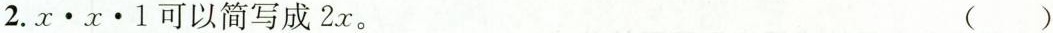
2.x·x·1可以简写成2x